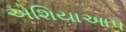
એશિયાઆપ